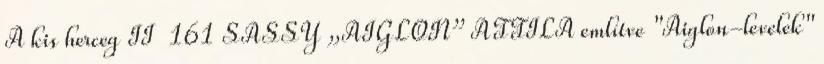
A kis herceg II 161 SASSY „AIGLON” ATTILA említve "Aiglon-levelek"